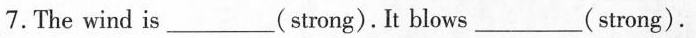
7.The wind is ___ ( strong). It blows ___ ( strong).